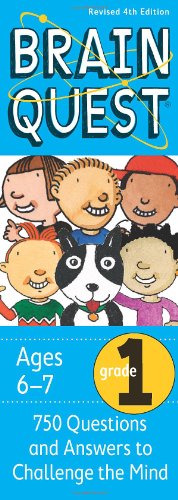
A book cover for Brain Quest Grade 1, revised 4th edition: 750 Questions and Answers to Challenge the Mind; Chris Welles Feder; Children's Books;